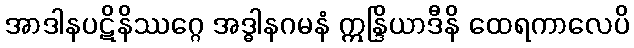
အာဒါနပဋိနိဿဂ္ဂေ အဒ္ဓါနဂမနံ ဣန္ဒြိယာဒီနိ ထေရကာလေပိ